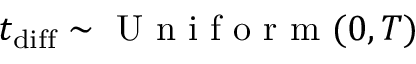
t _ { \mathrm { d i f f } } \sim \mathrm { ~ U ~ n ~ i ~ f ~ o ~ r ~ m ~ } ( 0 , T )